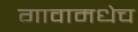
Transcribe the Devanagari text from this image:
गावामधेच